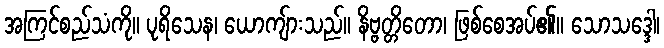
အကြင်စည်သံကို။ ပုရိသေန၊ ယောကျ်ားသည်။ နိဗ္ဗတ္တိတော၊ ဖြစ်စေအပ်၏။ သောသဒ္ဒေါ၊